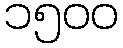
၁၅၀၀